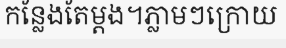
កន្លែងតែម្តង។ភ្លាមៗក្រោយ